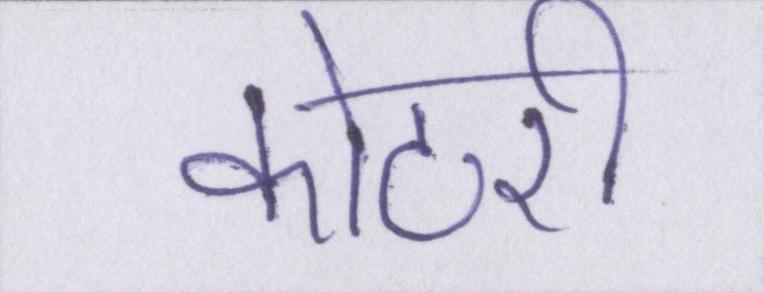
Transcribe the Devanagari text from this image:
कोठरी